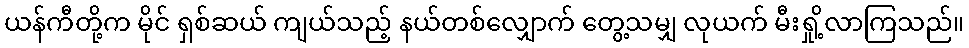
ယန်ကီတို့က မိုင် ရှစ်ဆယ် ကျယ်သည့် နယ်တစ်လျှောက် တွေ့သမျှ လုယက် မီးရှို့လာကြသည်။